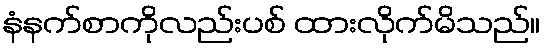
နံနက်စာကိုလည်းပစ် ထားလိုက်မိသည်။